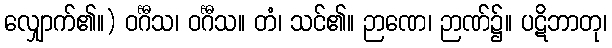
လျှောက်၏။) ဝင်္ဂီသ၊ ဝင်္ဂီသ။ တံ၊ သင်၏။ ဉာဏေ၊ ဉာဏ်၌။ ပဋိဘာတု၊